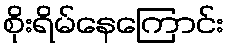
စိုးရိမ်နေကြောင်း